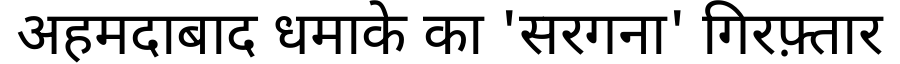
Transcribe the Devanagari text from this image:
अहमदाबाद धमाके का 'सरगना' गिरफ़्तार